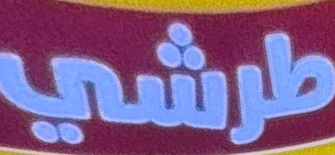
طرشي